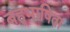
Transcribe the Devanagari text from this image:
बहुभाषिता